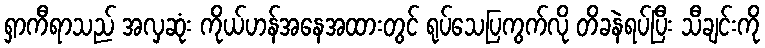
ရှာကီရာသည် အလှဆုံး ကိုယ်ဟန်အနေအထားတွင် ရုပ်သေပြကွက်လို တိခနဲရပ်ပြီး သီချင်းကို